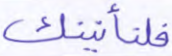
فلنأتينك